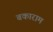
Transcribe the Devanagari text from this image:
बकाराम